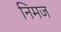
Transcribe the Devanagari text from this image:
निमज